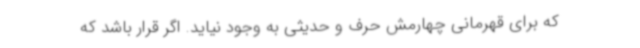
که برای قهرمانی چهارمش حرف و حدیثی به وجود نیاید. اگر قرار باشد که